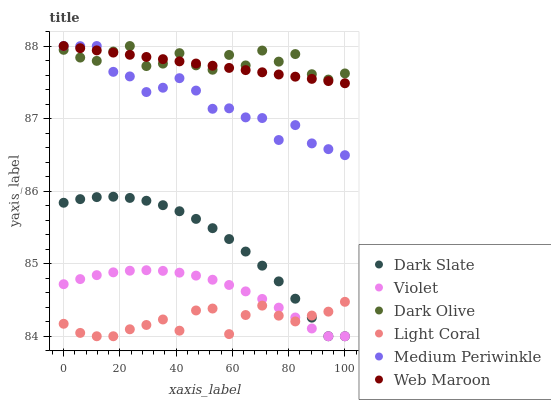
| xaxis_label | Dark Slate | Violet | Dark Olive | Light Coral | Medium Periwinkle | Web Maroon |
 | --- | --- | --- | --- | --- | --- | --- |
 | 0 | 85.8 | 84.7 | 87.9 | 84.2 | 88 | 88 |
 | 5.88 | 85.9 | 84.8 | 87.8 | 84 | 88 | 88 |
 | 11.8 | 85.9 | 84.8 | 87.8 | 84 | 88 | 87.9 |
 | 17.6 | 85.9 | 84.9 | 87.9 | 84 | 87.6 | 87.9 |
 | 23.5 | 85.9 | 84.9 | 88 | 84.1 | 87.6 | 87.9 |
 | 29.4 | 85.9 | 84.9 | 87.7 | 84.2 | 87.4 | 87.8 |
 | 35.3 | 85.8 | 84.9 | 87.8 | 84.2 | 87.4 | 87.8 |
 | 41.2 | 85.7 | 84.9 | 87.9 | 84.1 | 87.6 | 87.8 |
 | 47.1 | 85.6 | 84.8 | 87.7 | 84.4 | 87.4 | 87.8 |
 | 52.9 | 85.5 | 84.8 | 87.7 | 84.4 | 87.1 | 87.7 |
 | 58.8 | 85.3 | 84.7 | 87.9 | 84 | 87.1 | 87.7 |
 | 64.7 | 85.2 | 84.6 | 87.7 | 84.3 | 87 | 87.7 |
 | 70.6 | 85 | 84.5 | 87.9 | 84.4 | 87 | 87.6 |
 | 76.5 | 84.8 | 84.4 | 87.8 | 84.3 | 86.7 | 87.6 |
 | 82.4 | 84.5 | 84.3 | 87.9 | 84.2 | 86.9 | 87.6 |
 | 88.2 | 84.3 | 84.1 | 87.6 | 84.3 | 86.7 | 87.5 |
 | 94.1 | 84 | 84 | 87.5 | 84.3 | 86.6 | 87.5 |
 | 100 | 84 | 84 | 87.6 | 84.5 | 86.5 | 87.5 |